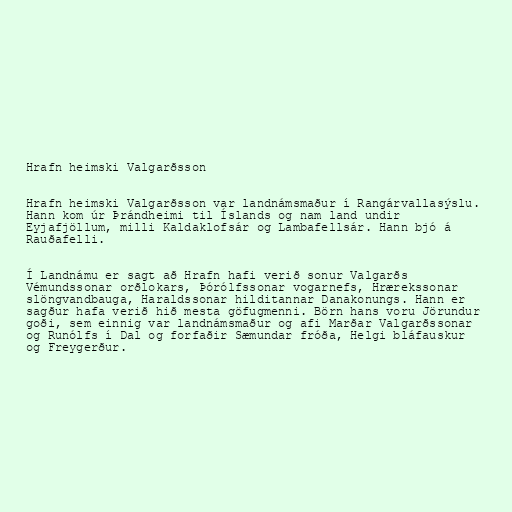
Hrafn heimski Valgarðsson

Hrafn heimski Valgarðsson var landnámsmaður í Rangárvallasýslu.
Hann kom úr Þrándheimi til Íslands og nam land undir
Eyjafjöllum, milli Kaldaklofsár og Lambafellsár. Hann bjó á
Rauðafelli.

Í Landnámu er sagt að Hrafn hafi verið sonur Valgarðs
Vémundssonar orðlokars, Þórólfssonar vogarnefs, Hrærekssonar
slöngvandbauga, Haraldssonar hilditannar Danakonungs. Hann er
sagður hafa verið hið mesta göfugmenni. Börn hans voru Jörundur
goði, sem einnig var landnámsmaður og afi Marðar Valgarðssonar
og Runólfs í Dal og forfaðir Sæmundar fróða, Helgi bláfauskur
og Freygerður.